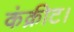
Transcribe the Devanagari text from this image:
कंक्रीट।